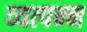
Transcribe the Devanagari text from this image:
व्‍यत्‍पन्‍न